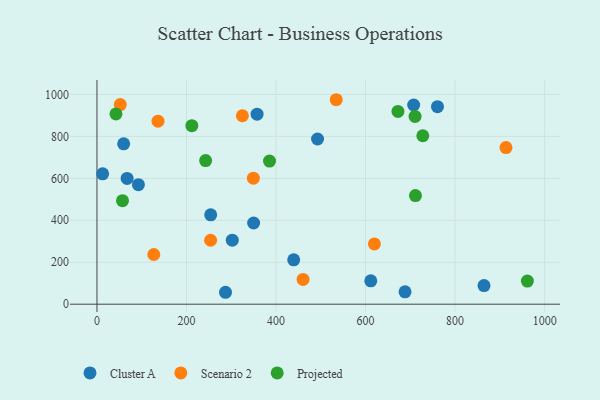
{"axis": {"x": "Distance", "y": "Exam Score"}, "legend": ["Cluster A", "Projected", "Scenario 2"], "data": [{"x": "439.4", "y": 211.3, "type": "Cluster A"}, {"x": "611.6", "y": 111.6, "type": "Cluster A"}, {"x": "67.3", "y": 599.3, "type": "Cluster A"}, {"x": "688.1", "y": 58.8, "type": "Cluster A"}, {"x": "254.0", "y": 425.9, "type": "Cluster A"}, {"x": "357.6", "y": 905.9, "type": "Cluster A"}, {"x": "287.1", "y": 56.8, "type": "Cluster A"}, {"x": "349.9", "y": 387.1, "type": "Cluster A"}, {"x": "707.4", "y": 949.5, "type": "Cluster A"}, {"x": "12.6", "y": 621.6, "type": "Cluster A"}, {"x": "760.6", "y": 941.5, "type": "Cluster A"}, {"x": "59.6", "y": 764.4, "type": "Cluster A"}, {"x": "302.2", "y": 305.1, "type": "Cluster A"}, {"x": "864.5", "y": 88.9, "type": "Cluster A"}, {"x": "492.7", "y": 787.4, "type": "Cluster A"}, {"x": "92.5", "y": 569.8, "type": "Cluster A"}, {"x": "534.4", "y": 974.7, "type": "Scenario 2"}, {"x": "126.9", "y": 236.9, "type": "Scenario 2"}, {"x": "253.8", "y": 304.7, "type": "Scenario 2"}, {"x": "913.6", "y": 746.4, "type": "Scenario 2"}, {"x": "460.4", "y": 117.9, "type": "Scenario 2"}, {"x": "324.8", "y": 898.4, "type": "Scenario 2"}, {"x": "619.7", "y": 287.2, "type": "Scenario 2"}, {"x": "349.3", "y": 600.6, "type": "Scenario 2"}, {"x": "52.0", "y": 951.4, "type": "Scenario 2"}, {"x": "136.3", "y": 872.3, "type": "Scenario 2"}, {"x": "385.4", "y": 682.2, "type": "Projected"}, {"x": "727.8", "y": 802.9, "type": "Projected"}, {"x": "42.4", "y": 907.1, "type": "Projected"}, {"x": "961.4", "y": 110.2, "type": "Projected"}, {"x": "57.0", "y": 493.5, "type": "Projected"}, {"x": "242.7", "y": 684.5, "type": "Projected"}, {"x": "211.9", "y": 850.9, "type": "Projected"}, {"x": "711.4", "y": 517.7, "type": "Projected"}, {"x": "672.3", "y": 919.1, "type": "Projected"}, {"x": "710.5", "y": 895.3, "type": "Projected"}]}